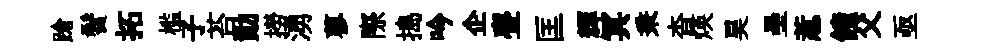
蹌鬢拓槛子苔勣撈湧蓼際搗吟企亹匡輝冥秉杳煐昊壘惹饋父亟